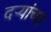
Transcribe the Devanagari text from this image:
दऱ्यांच्या